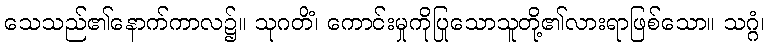
သေသည်၏နောက်ကာလ၌။ သုဂတိံ၊ ကောင်းမှုကိုပြုသောသူတို့၏လားရာဖြစ်သော။ သဂ္ဂံ၊